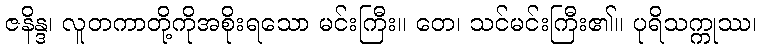
ဇနိန္ဒ၊ လူတကာတို့ကိုအစိုးရသော မင်းကြီး။ တေ၊ သင်မင်းကြီး၏။ ပုရိသက္ကုဿ၊